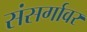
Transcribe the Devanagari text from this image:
संसर्गावर